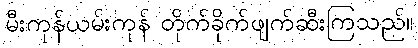
မီးကုန်ယမ်းကုန် တိုက်ခိုက်ဖျက်ဆီးကြသည်။